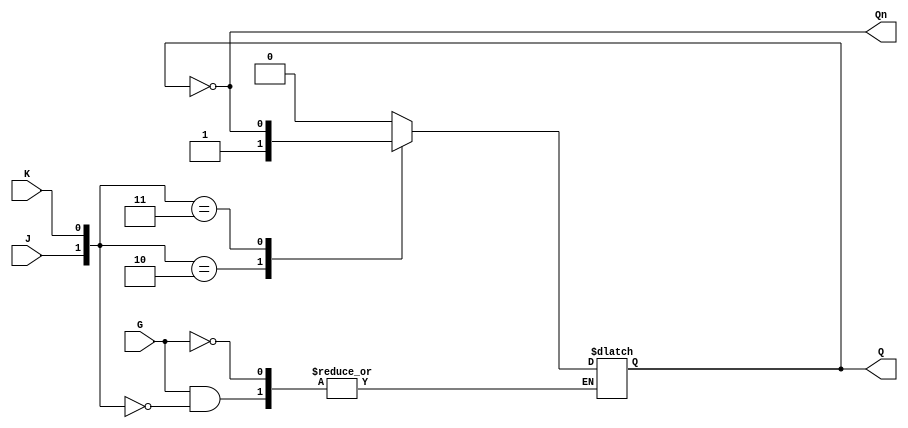
module GatedJKLatch (
    input wire J,      // Data input J
    input wire K,      // Data input K
    input wire G,      // Enable input
    output reg Q,      // Output Q
    output wire Qn     // Complementary output Q'
);

// Complementary output
assign Qn = ~Q;

// Always block to implement the latch behavior
always @(*) begin
    if (G) begin
        // When G is high, evaluate J and K
        case ({J, K})
            2'b00: Q <= Q;        // No change
            2'b01: Q <= 1'b0;     // Reset
            2'b10: Q <= 1'b1;     // Set
            2'b11: Q <= ~Q;       // Toggle
            default: Q <= Q;      // Default case (should not occur)
        endcase
    end
    // If G is low, retain the current state (Q)
end

endmodule